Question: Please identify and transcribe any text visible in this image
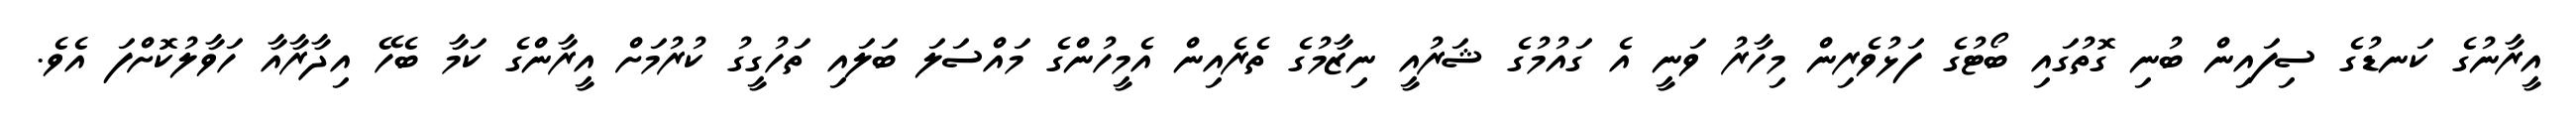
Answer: އީރާނުގެ ކަނޑުގެ ސިފައިން ބުނި ގޮތުގައި ބޯޓުގެ ފަޅުވެރިން މިހާރު ވަނީ އެ ގައުމުގެ ޝަރުއީ ނިޒާމުގެ ތެރެއިން އެމީހުންގެ މައްސަލަ ބަލައި ތަހުގީގު ކުރުމަށް އީރާންގެ ކަމާ ބެހޭ އިދާރާއާ ހަވާލުކޮށްފަ އެވެ.